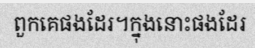
ពួកគេផងដែរ។ក្នុងនោះផងដែរ